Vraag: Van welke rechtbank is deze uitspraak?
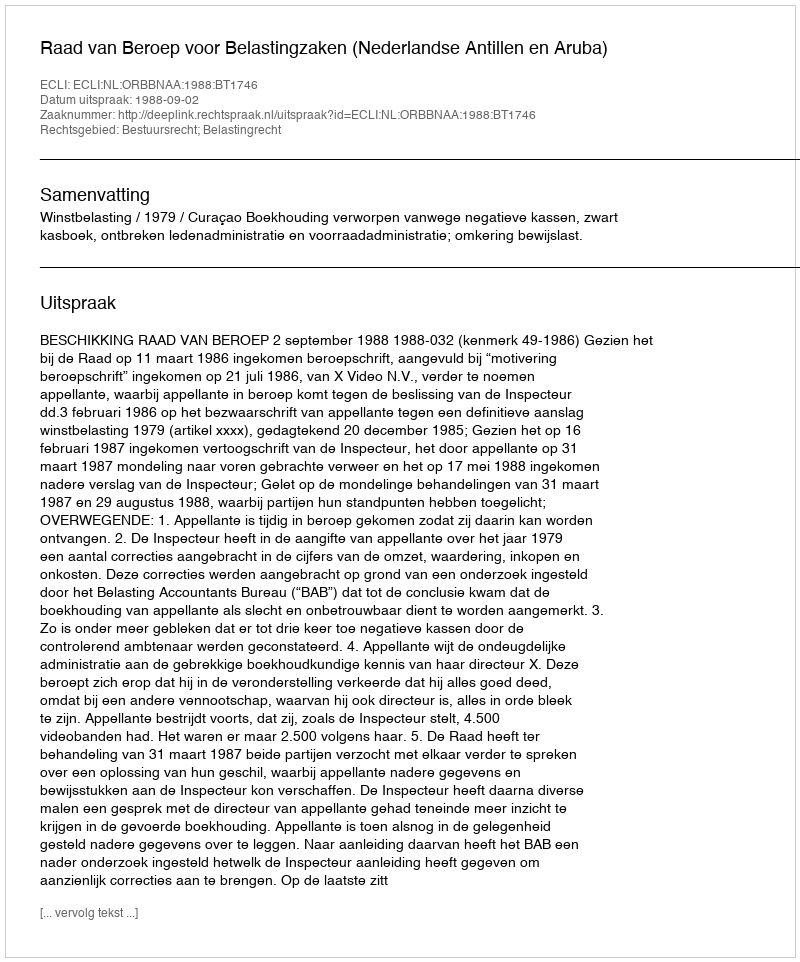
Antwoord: Raad van Beroep voor Belastingzaken (Nederlandse Antillen en Aruba)